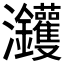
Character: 𰝵